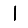
Digit: 1